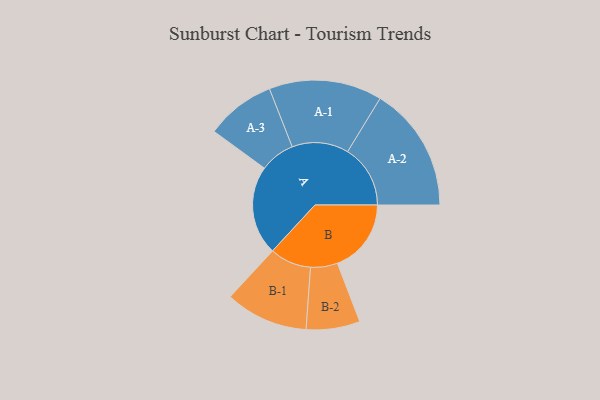
{"axis": {"x": "Segment", "y": "Value"}, "legend": ["", "A", "B"], "data": [{"x": "A", "y": 418, "type": ""}, {"x": "B", "y": 346, "type": ""}, {"x": "A-1", "y": 265, "type": "A"}, {"x": "A-2", "y": 294, "type": "A"}, {"x": "A-3", "y": 163, "type": "A"}, {"x": "B-1", "y": 194, "type": "B"}, {"x": "B-2", "y": 126, "type": "B"}]}